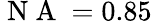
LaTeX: \mathrm{~N~A~}=0.85